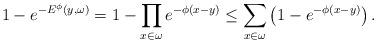
LaTeX: \begin{align*}1-e^{-E^\phi\left( y,\omega \right) }=1-\prod\limits_{x\in \omega}e^{-\phi \left( x-y\right) }\leq \sum_{x\in \omega }\left(1-e^{-\phi \left( x-y\right) }\right).\end{align*}